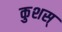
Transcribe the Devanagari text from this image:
कुशस्